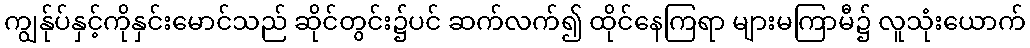
ကျွန်ုပ်နှင့်ကိုနှင်းမောင်သည် ဆိုင်တွင်း၌ပင် ဆက်လက်၍ ထိုင်နေကြရာ များမကြာမီ၌ လူသုံးယောက်